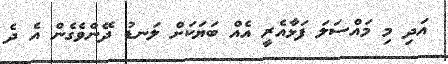
އަދި މި މައްސަަލަ ފަޅާއެރީ އެއް ބަޔަކަަށް ލަނޑު ދޭންވެގެން އެ ދެ